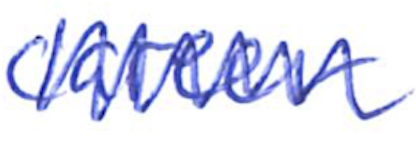
Text: career
Cross-out: zig-zag
Writing tool: ballpoint